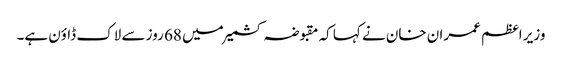
وزیر اعظم عمران خان نے کہا کہ مقبوضہ کشمیر میں 68 روز سے لاک ڈاؤن ہے۔